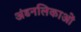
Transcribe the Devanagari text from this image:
अंडनलिकाओं